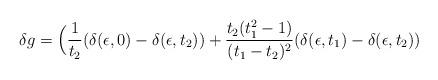
LaTeX: \begin{align*}\delta g = \Big({1\over t_2}(\delta (\epsilon, 0) - \delta(\epsilon, t_2)) + {t_2 (t_1^2 - 1)\over (t_1 - t_2)^2} (\delta (\epsilon, t_1)- \delta (\epsilon, t_2))\end{align*}